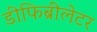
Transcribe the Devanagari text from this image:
डीफिब्रीलेटर